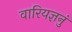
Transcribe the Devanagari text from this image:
वारियज्ञनुं